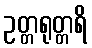
ဥတ္တရုတ္တရိ